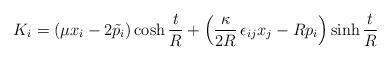
LaTeX: \begin{align*}K_{i}=(\mu x_{i}-2\tilde{p}_{i})\cosh\frac{t}{R}+\left(\frac{\kappa}{2R}\,\epsilon_{ij}x_{j}-Rp_{i}\right)\sinh\frac{t}{R}\end{align*}